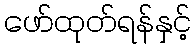
ဖော်ထုတ်ရန်နှင့်